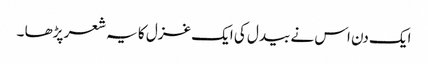
ایک دن اس نے بیدل کی ایک غزل کا یہ شعر پڑھا ۔